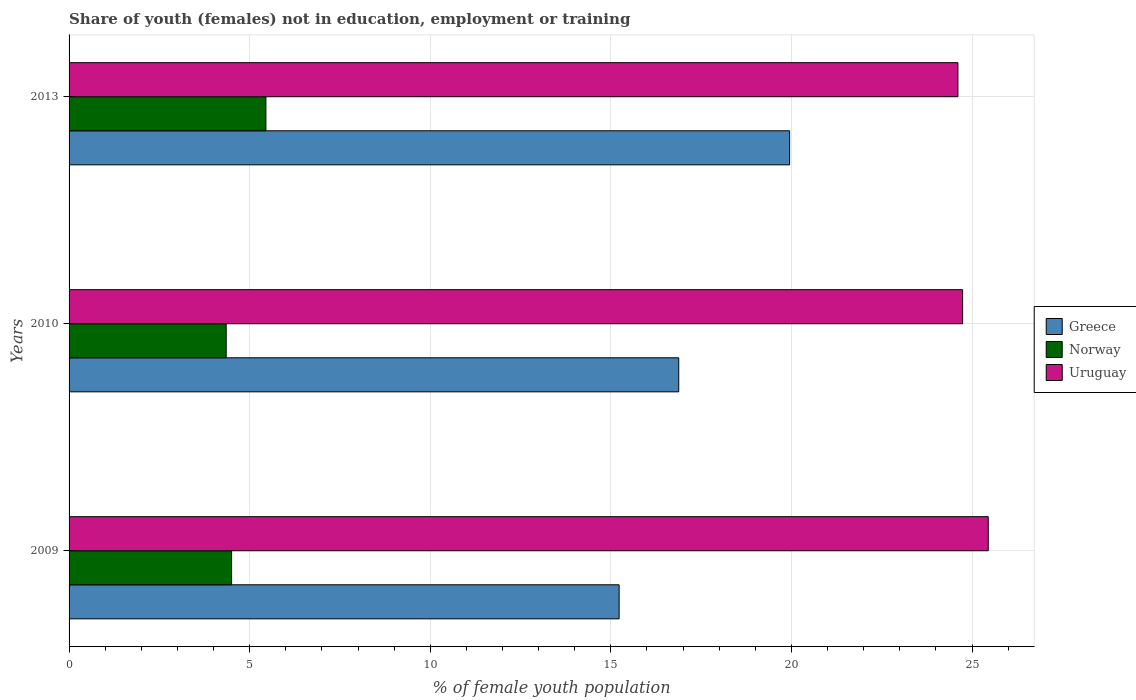
| Years | Greece | Norway | Uruguay |
 | --- | --- | --- | --- |
 | 2009 | 15.2 | 4.5 | 25.5 |
 | 2010 | 16.9 | 4.35 | 24.7 |
 | 2013 | 20 | 5.45 | 24.6 |